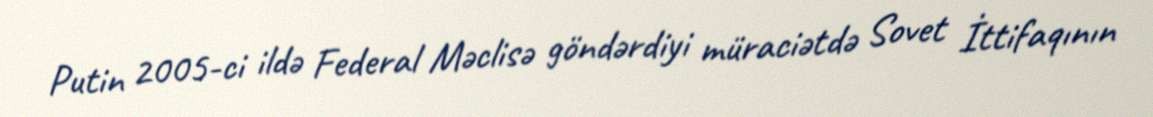
Putin 2005-ci ildə Federal Məclisə göndərdiyi müraciətdə Sovet İttifaqının